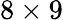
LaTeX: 8\times 9